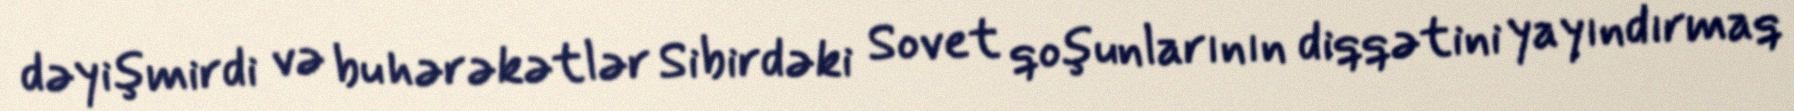
dəyişmirdi və bu hərəkətlər Sibirdəki Sovet qoşunlarının diqqətini yayındırmaq